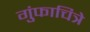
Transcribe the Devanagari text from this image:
गुंफाचित्रे